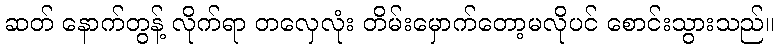
ဆတ် နောက်တွန့် လိုက်ရာ တလှေလုံး တိမ်းမှောက်တော့မလိုပင် စောင်းသွားသည်။